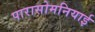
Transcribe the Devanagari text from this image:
पारासोमनियाई